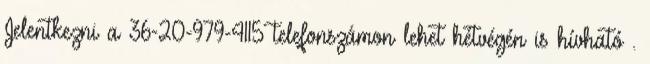
Jelentkezni a 36-20-979-4115 telefonszámon lehet hétvégén is hívható .